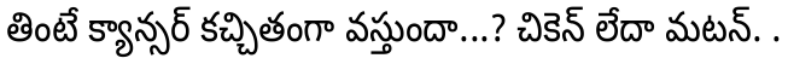
తింటే క్యాన్సర్ కచ్చితంగా వస్తుందా...? చికెన్ లేదా మటన్. .